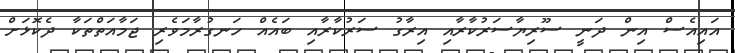
އައިއެސް އިން ދަނީ ސޫރިޔާސަރުކާރާއި އިރާގު ސަރުކާރާއި ބައެއް ހަނގުރާމަވެރި ޖަމާއަތްތަކާ ދެކޮޅަށް